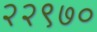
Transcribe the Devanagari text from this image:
२२९७०